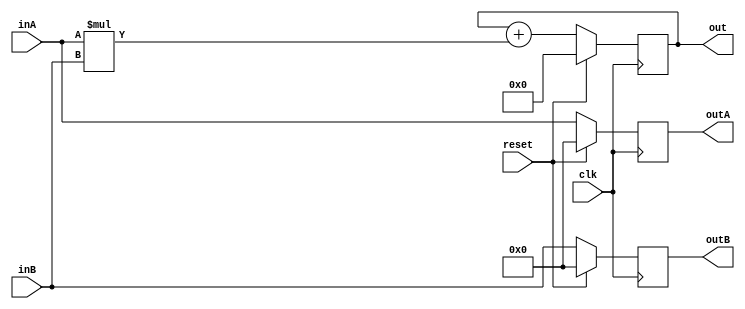
module Processing_Element (clk, reset, inA, inB, outA, outB, out);

input [7:0] inA, inB;
input clk, reset;
output reg [7:0]outA, outB;
output reg [15:0] out;
reg [15:0] mulAB = 0;

always @ (posedge clk)
begin
if (reset)
	begin
	out <= 0;
	outA <= 0;
	outB <= 0;
	end
  
 else
	begin
	outA<= inA;
	outB <= inB;
	
	mulAB= inA*inB;
	out<= out + mulAB;
	
	end

end



endmodule